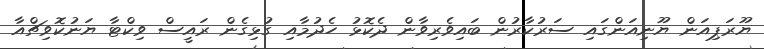
ޔޫރަޕިއަން ޔޫނިއަންގައި ސަރުކާރުން ބައިވެރިވާން ދެކޮޅު ހެދުމާއި ގުޅިގެން ރައީސް ވިކްޓާ ޔަނުކޮވިޗްއާ